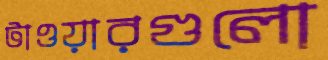
টাওয়ারগুলো